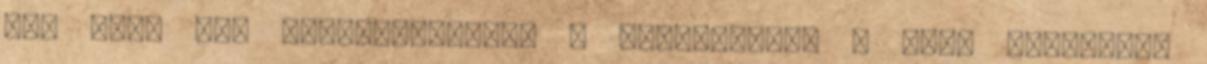
sem volt egy súlycsoportban a Tenerifével a Capo d'Orlando